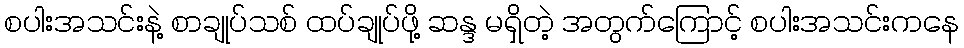
စပါးအသင်းနဲ့ စာချုပ်သစ် ထပ်ချုပ်ဖို့ ဆန္ဒ မရှိတဲ့ အတွက်ကြောင့် စပါးအသင်းကနေ